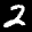
Label: 2